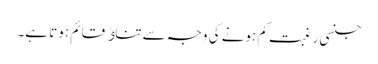
جنسی رغبت کم ہونے کی وجہ سے تناﺅ قائم ہوتا ہے۔